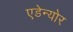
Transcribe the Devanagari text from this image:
एडेन्योर